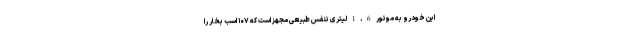
این خودرو به موتور 1.6 لیتری تنفس طبیعی مجهز است که ۱۰۷ اسب بخار را